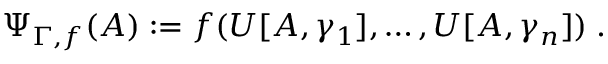
\Psi _ { \Gamma , f } ( A ) : = f ( U [ A , \gamma _ { 1 } ] , \ldots , U [ A , \gamma _ { n } ] ) \; .